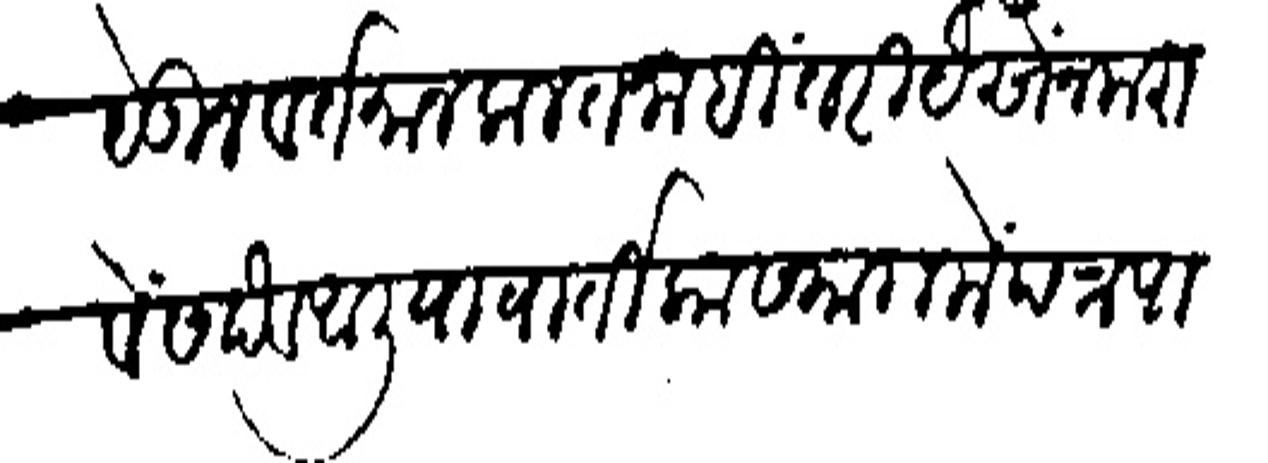
Transliteration (Devanagari): येऊन वतमान कलत नाहीं तरी यैसें न करावें सदव आलिया वातिका समागमें पत्र पाठवून